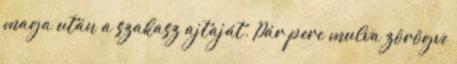
maga után a szakasz ajtaját. Pár perc mulva zörögve